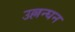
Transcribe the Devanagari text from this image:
उल्लन्घन